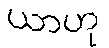
ယာဟု